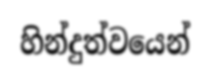
හින්දුත්වයෙන්